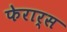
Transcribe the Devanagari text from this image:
फेरार्स